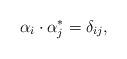
LaTeX: \begin{align*}\alpha_i \cdot \alpha_j^* = \delta_{ij},\end{align*}